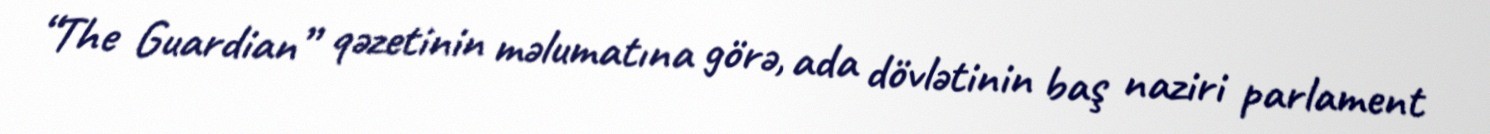
“The Guardian” qəzetinin məlumatına görə, ada dövlətinin baş naziri parlament